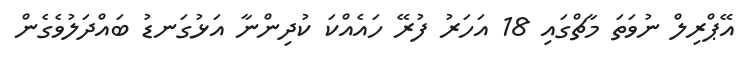
އޭޕްރިލް ނުވަތަ މާޗްގައި 18 އަހަރު ފުރޭ ހައެއްކަ ކުދިންނާ އަޅުގަނޑު ބައްދަލުވެގެން